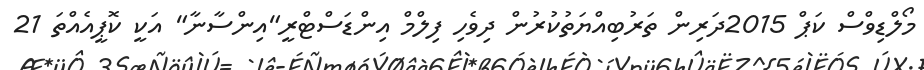
މޯލްޑިވްސް ކަޕް 2015ދަރިން ތަރުބިއްޔަތުކުރުން ދިވެހި ފިލްމް އިންޑަސްޓްރީ"އިންސާނާ" އަކީ ކޮޕީއެއްތަ 21